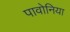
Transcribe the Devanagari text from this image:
पावोनिया